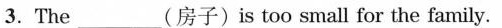
3. The ____(房子)is too small for the family.